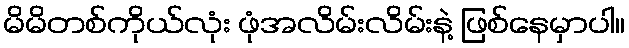
မိမိတစ်ကိုယ်လုံး ဖုံအလိမ်းလိမ်းနဲ့ ဖြစ်နေမှာပါ။